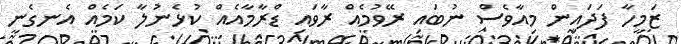
ޒަމީހާ ފަދައިން މިއާވެސް ނުބައި ރޭވުމެއް ރާވައި ޑްރާމާއެއް ކުޅެނުލާ ކަމެއް އެނގެނީ